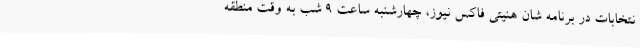
نتخابات در برنامه شان هنیتی فاکس نیوز، چهارشنبه ساعت 9 شب به وقت منطقه